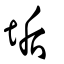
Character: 垢